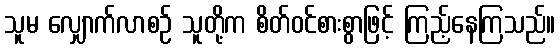
သူမ လျှောက်လာစဉ် သူတို့က စိတ်ဝင်စားစွာဖြင့် ကြည့်နေကြသည်။